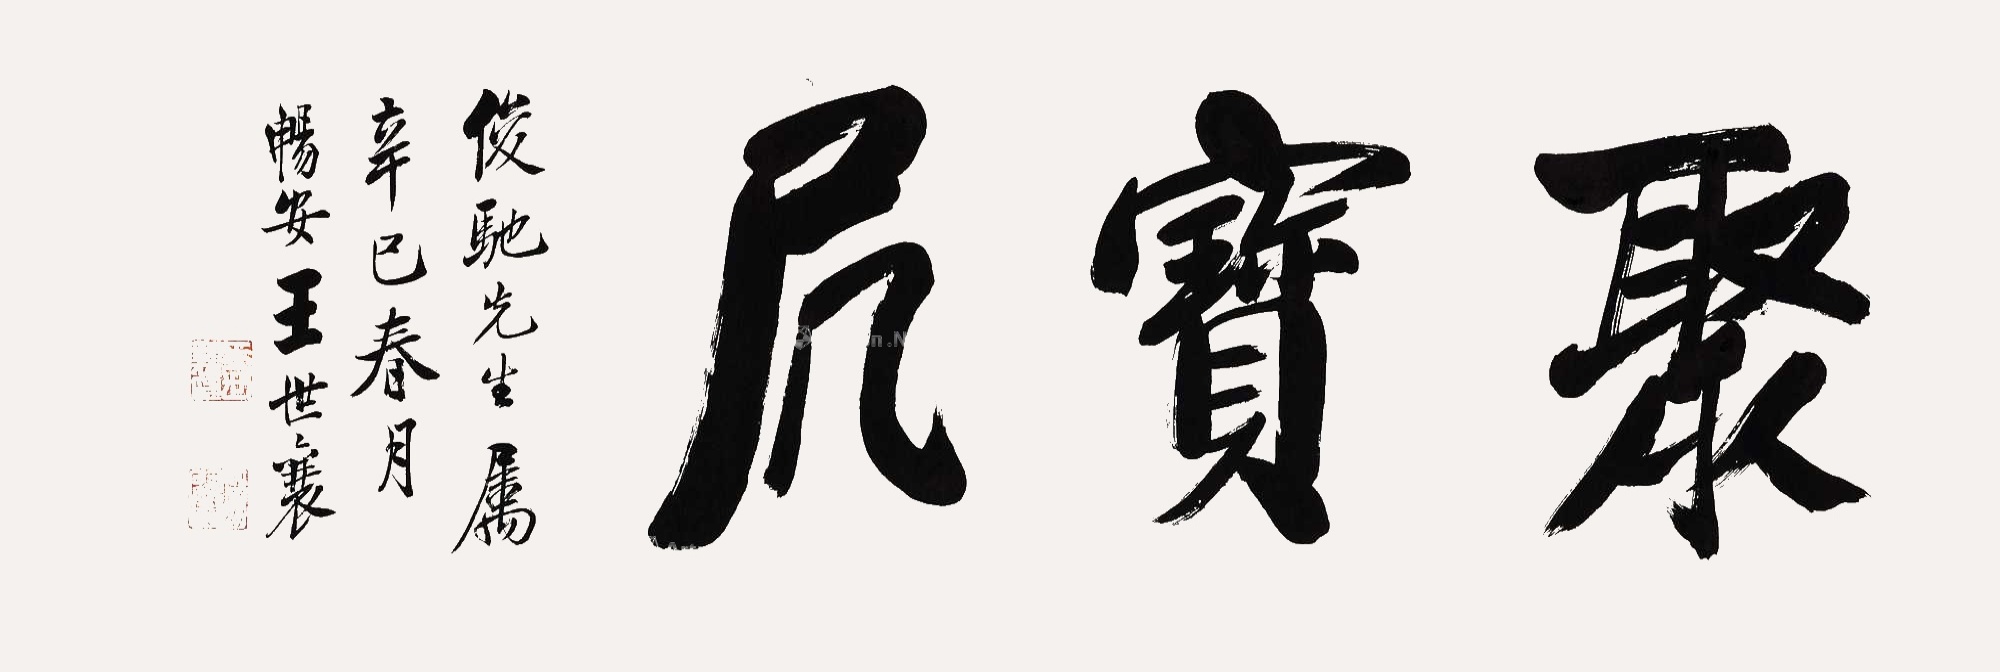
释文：聚宝居俊驰先生属，辛巳春月，畅安王世襄。